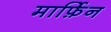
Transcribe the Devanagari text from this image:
मार्फ़िन